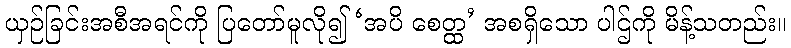
ယှဉ်ခြင်းအစီအရင်ကို ပြတော်မူလို၍ ‘အပိ စေတ္ထ’ အစရှိသော ပါဌ်ကို မိန့်သတည်း။